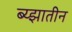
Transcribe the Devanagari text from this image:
ब्य्झातीन